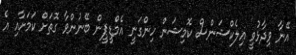
އޭނާ ވިދާޅުވީ އިލެކްޝަންސް ކޮމިޝަން ހިންގަނީ އެމްޑީޕީން ބޭނުންވާ ގޮތަށް ކަމަށާއި އެ